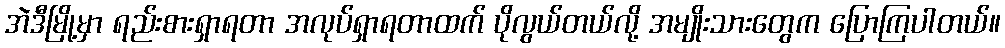
အဲဒီမြို့မှာ ရည်းစားရှာရတာ အလုပ်ရှာရတာထက် ပိုလွယ်တယ်လို့ အမျိုးသားတွေက ပြောကြပါတယ်။